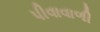
પીવાવાળી